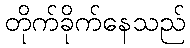
တိုက်ခိုက်နေသည်